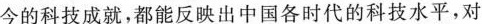
今的科技成就，都能反映出中国各时代的科技水平，对